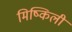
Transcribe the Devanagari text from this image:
मिष्किली